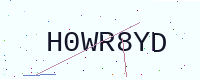
Text: H0WR8YD